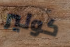
كولير